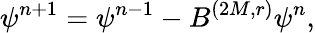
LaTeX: \psi^{n+1}=\psi^{n-1}-B^{(2M,r)}\psi^{n},